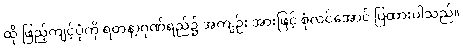
ထို ဖြည့်ကျင့်ပုံကို ရတနာ့ဂုဏ်ရည်၌ အကျဉ်း အားဖြင့် စုံလင်အောင် ပြထားပါသည်။